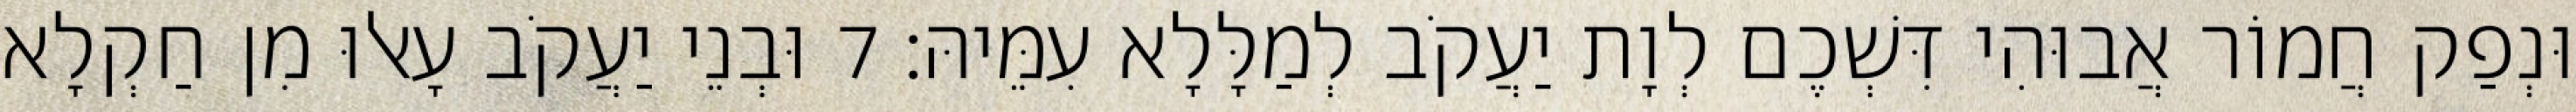
וּנְפַק חֲמוֹר אֲבוּהִי דִּשְׁכֶם לְוָת יַעֲקֹב לְמַלָּלָא עִמֵּיהּ׃ 7 וּבְנֵי יַעֲקֹב עָאלוּ מִן חַקְלָא